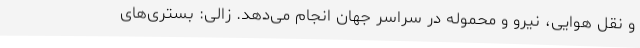
و نقل هوایی، نیرو و محموله در سراسر جهان انجام می‌دهد. زالی: بستری‌های